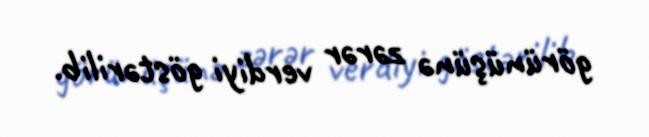
görünüşünə zərər verdiyi göstərilib.